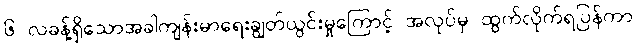
၆ လခန့်ရှိသောအခါကျန်းမာရေးချွတ်ယွင်းမှုကြောင့် အလုပ်မှ ထွက်လိုက်ရပြန်ကာ